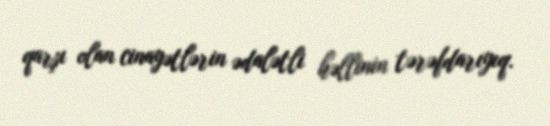
qarşı olan cinayətlərin ədalətli həllinin tərəfdarıyıq.